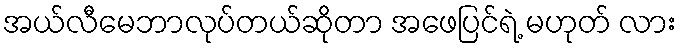
အယ်လီမေဘာလုပ်တယ်ဆိုတာ အဖေပြင်ရဲ့ မဟုတ် လား